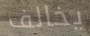
يخالف